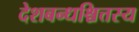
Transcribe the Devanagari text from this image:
देशबन्धश्चित्तस्य